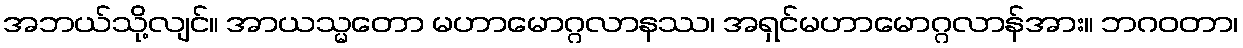
အဘယ်သို့လျင်။ အာယသ္မတော မဟာမောဂ္ဂလာနဿ၊ အရှင်မဟာမောဂ္ဂလာန်အား။ ဘဂဝတာ၊